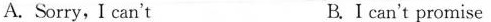
A.Sorry,I can't B.I can't promise